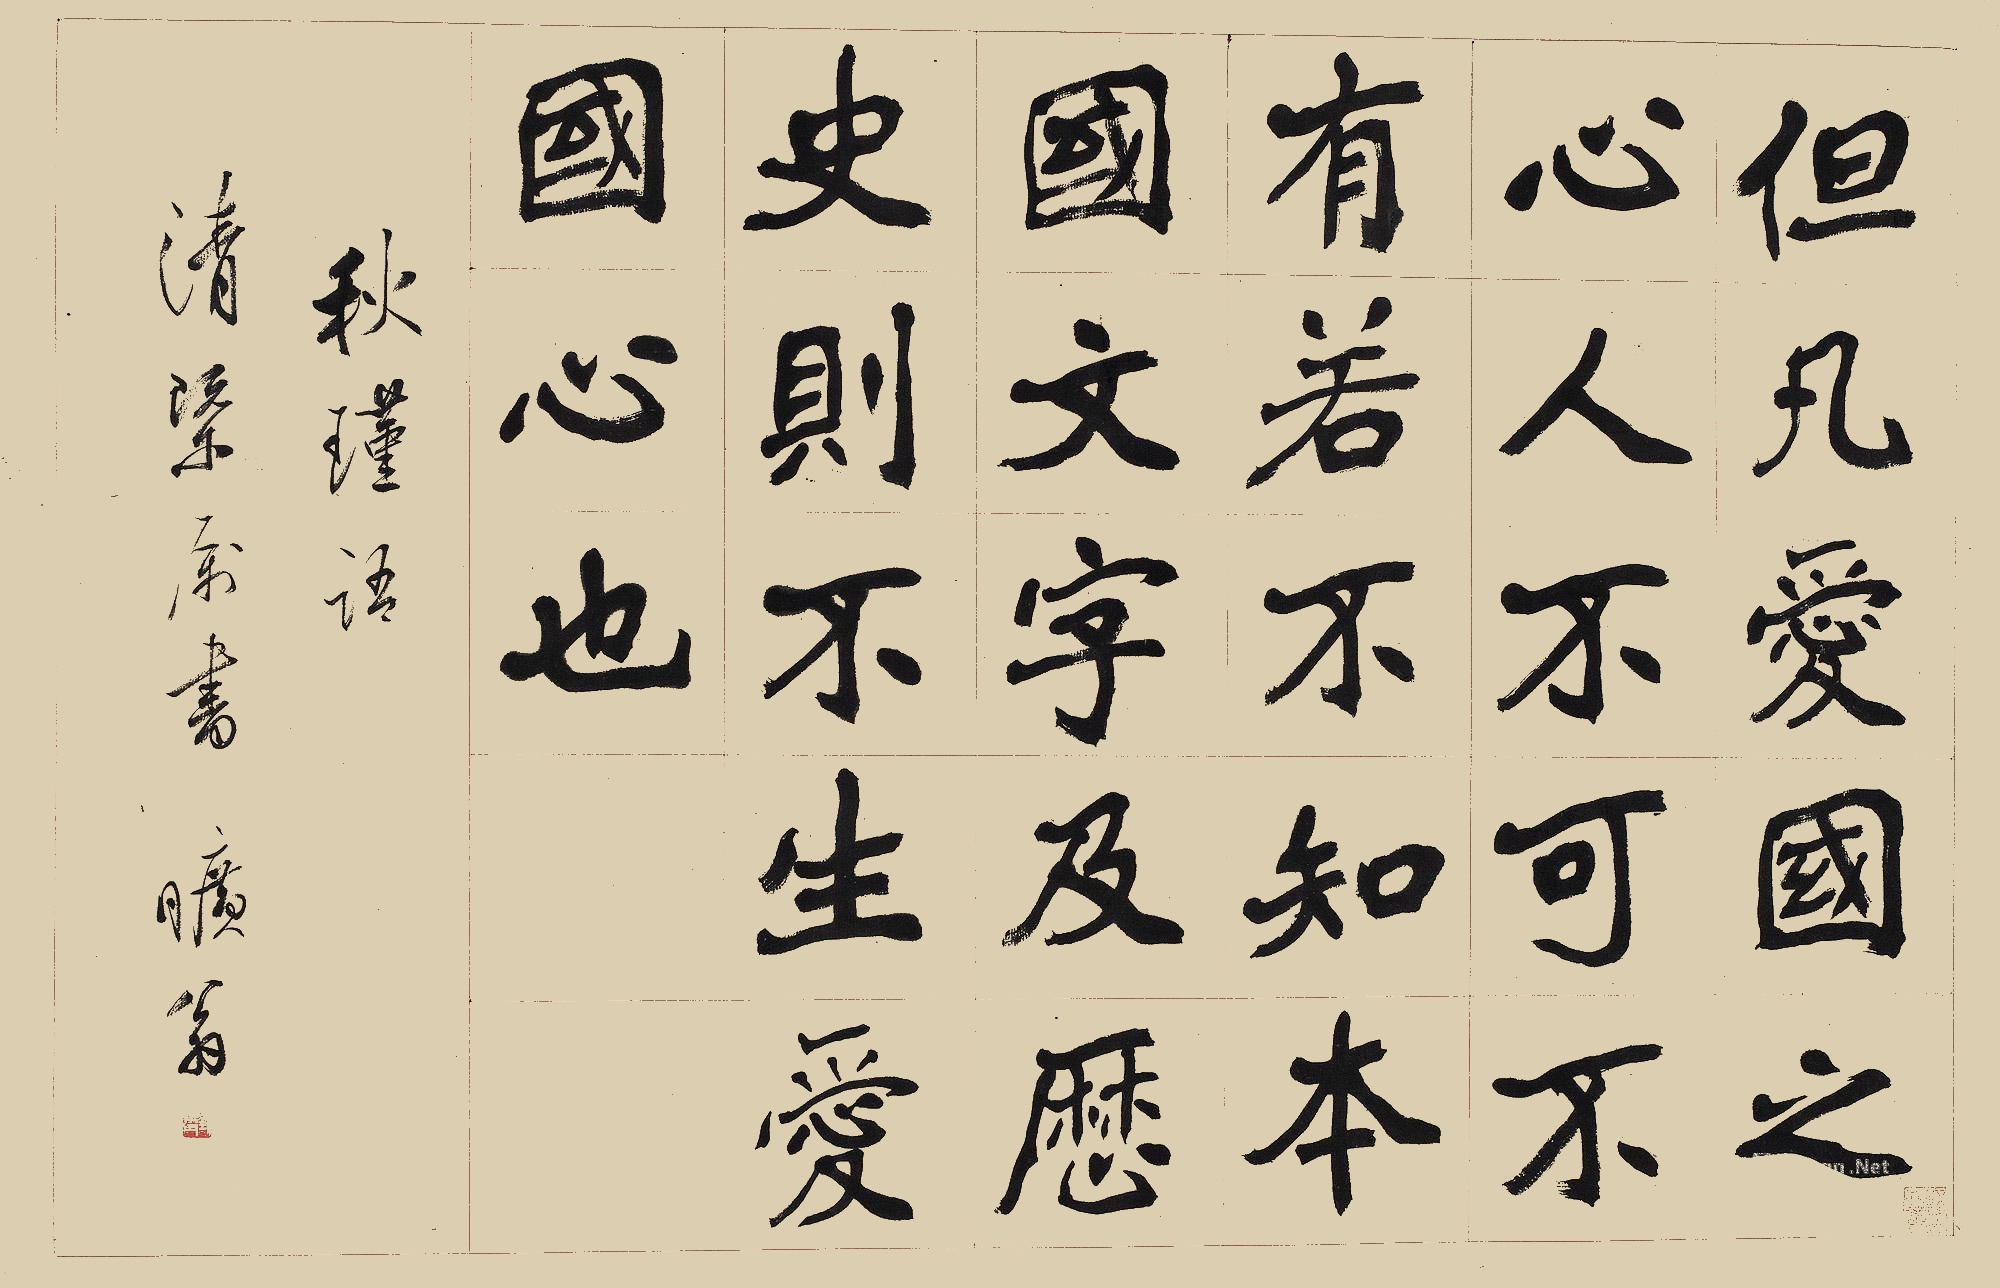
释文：但凡爱国之心，人不可不有，若不知本国文字及历史，则不生爱国心也。秋瑾语，清概属书，旷翁。